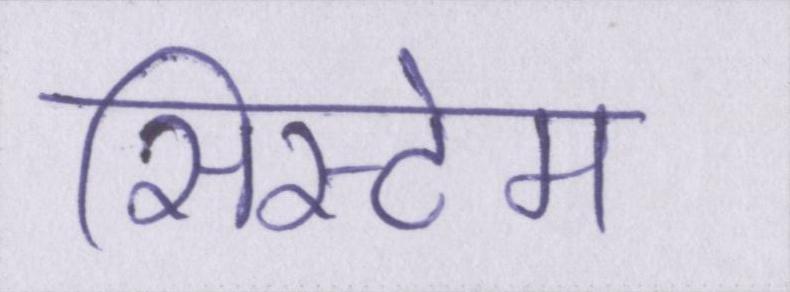
सिस्टेम